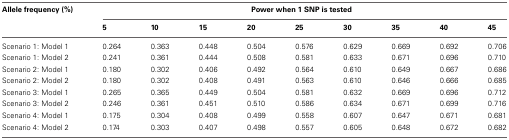
<table><thead><tr><td><b>Allele frequency (%)</b></td><td colspan="9"><b>Power when 1 SNP is tested</b></td></tr><tr><td></td><td><b>5</b></td><td><b>10</b></td><td><b>15</b></td><td><b>20</b></td><td><b>25</b></td><td><b>30</b></td><td><b>35</b></td><td><b>40</b></td><td><b>45</b></td></tr></thead><tbody><tr><td>Scenario 1: Model 1</td><td>0.264</td><td>0.363</td><td>0.448</td><td>0.504</td><td>0.576</td><td>0.629</td><td>0.669</td><td>0.692</td><td>0.706</td></tr><tr><td>Scenario 1: Model 2</td><td>0.241</td><td>0.361</td><td>0.444</td><td>0.508</td><td>0.581</td><td>0.633</td><td>0.671</td><td>0.696</td><td>0.710</td></tr><tr><td>Scenario 2: Model 1</td><td>0.180</td><td>0.302</td><td>0.406</td><td>0.492</td><td>0.564</td><td>0.610</td><td>0.649</td><td>0.667</td><td>0.686</td></tr><tr><td>Scenario 2: Model 2</td><td>0.180</td><td>0.302</td><td>0.408</td><td>0.491</td><td>0.563</td><td>0.610</td><td>0.646</td><td>0.666</td><td>0.685</td></tr><tr><td>Scenario 3: Model 1</td><td>0.265</td><td>0.365</td><td>0.449</td><td>0.504</td><td>0.581</td><td>0.632</td><td>0.669</td><td>0.696</td><td>0.712</td></tr><tr><td>Scenario 3: Model 2</td><td>0.246</td><td>0.361</td><td>0.451</td><td>0.510</td><td>0.586</td><td>0.634</td><td>0.671</td><td>0.699</td><td>0.716</td></tr><tr><td>Scenario 4: Model 1</td><td>0.175</td><td>0.304</td><td>0.408</td><td>0.499</td><td>0.558</td><td>0.607</td><td>0.647</td><td>0.671</td><td>0.681</td></tr><tr><td>Scenario 4: Model 2</td><td>0.174</td><td>0.303</td><td>0.407</td><td>0.498</td><td>0.557</td><td>0.605</td><td>0.648</td><td>0.672</td><td>0.682</td></tr></tbody></table>